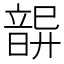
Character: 𩐦